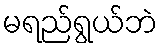
မရည်ရွယ်ဘဲ